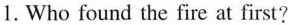
1.Who found the fire at first?